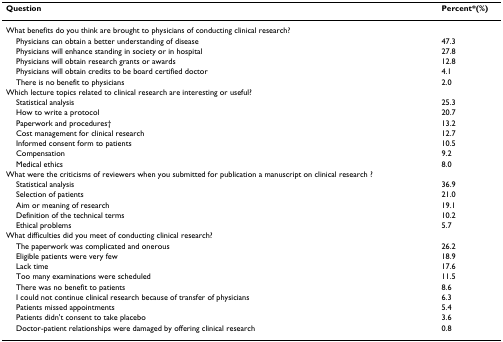
<table><thead><tr><td><b>Question</b></td><td><b>Percent*(%)</b></td></tr></thead><tbody><tr><td>What benefits do you think are brought to physicians of conducting clinical research?</td><td></td></tr><tr><td> Physicians can obtain a better understanding of disease</td><td>47.3</td></tr><tr><td> Physicians will enhance standing in society or in hospital</td><td>27.8</td></tr><tr><td> Physicians will obtain research grants or awards</td><td>12.8</td></tr><tr><td> Physicians will obtain credits to be board certified doctor</td><td>4.1</td></tr><tr><td> There is no benefit to physicians</td><td>2.0</td></tr><tr><td>Which lecture topics related to clinical research are interesting or useful?</td><td></td></tr><tr><td> Statistical analysis</td><td>25.3</td></tr><tr><td> How to write a protocol</td><td>20.7</td></tr><tr><td> Paperwork and procedures†</td><td>13.2</td></tr><tr><td> Cost management for clinical research</td><td>12.7</td></tr><tr><td> Informed consent form to patients</td><td>10.5</td></tr><tr><td> Compensation</td><td>9.2</td></tr><tr><td> Medical ethics</td><td>8.0</td></tr><tr><td>What were the criticisms of reviewers when you submitted for publication a manuscript on clinical research ?</td><td></td></tr><tr><td> Statistical analysis</td><td>36.9</td></tr><tr><td> Selection of patients</td><td>21.0</td></tr><tr><td> Aim or meaning of research</td><td>19.1</td></tr><tr><td> Definition of the technical terms</td><td>10.2</td></tr><tr><td> Ethical problems</td><td>5.7</td></tr><tr><td>What difficulties did you meet of conducting clinical research?</td><td></td></tr><tr><td> The paperwork was complicated and onerous</td><td>26.2</td></tr><tr><td> Eligible patients were very few</td><td>18.9</td></tr><tr><td> Lack time</td><td>17.6</td></tr><tr><td> Too many examinations were scheduled</td><td>11.5</td></tr><tr><td> There was no benefit to patients</td><td>8.6</td></tr><tr><td> I could not continue clinical research because of transfer of physicians</td><td>6.3</td></tr><tr><td> Patients missed appointments</td><td>5.4</td></tr><tr><td> Patients didn&#x27;t consent to take placebo</td><td>3.6</td></tr><tr><td> Doctor-patient relationships were damaged by offering clinical research</td><td>0.8</td></tr></tbody></table>